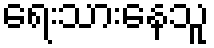
ရေးသားနေသူ